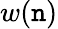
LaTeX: w(\mathtt{n})